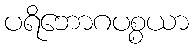
ပရိဘောဂပစ္စယာ